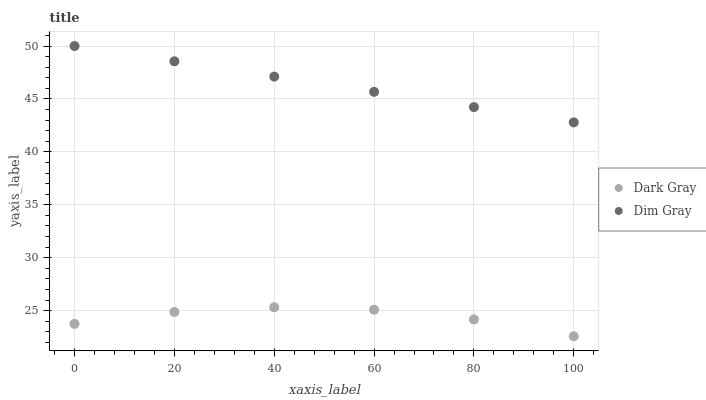
| xaxis_label | Dark Gray | Dim Gray |
 | --- | --- | --- |
 | 0 | 23.8 | 50 |
 | 20 | 24.9 | 48.6 |
 | 40 | 25.3 | 47.1 |
 | 60 | 25.1 | 45.7 |
 | 80 | 24.2 | 44.2 |
 | 100 | 22.6 | 42.8 |